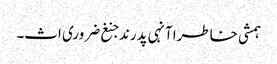
ہمشی خاطرا آنہی پدرند جنغ ضروری اث۔